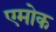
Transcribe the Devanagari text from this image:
एमोक